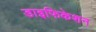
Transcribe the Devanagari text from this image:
डाइफिकेशन